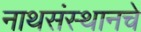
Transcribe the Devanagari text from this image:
नाथसंस्थानचे